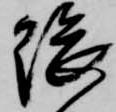
隈